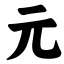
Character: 元